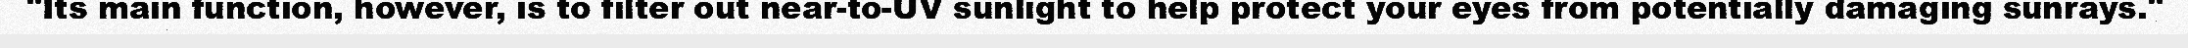
"Its main function, however, is to filter out near-to-UV sunlight to help protect your eyes from potentially damaging sunrays."